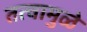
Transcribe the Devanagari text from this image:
तत्वामुळे